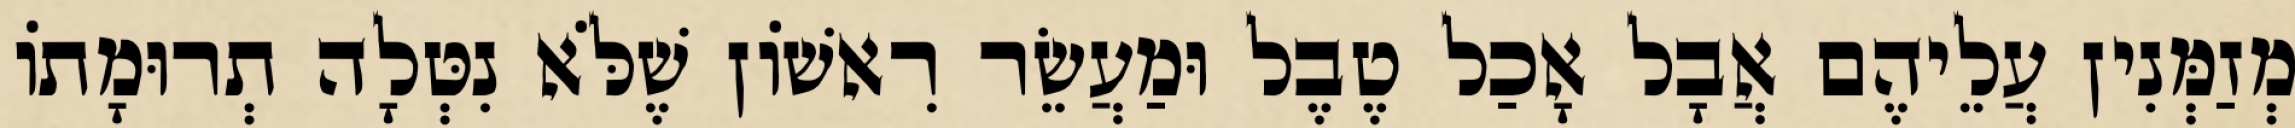
מְזַמְּנִין עֲלֵיהֶם אֲבָל אָכַל טֶבֶל וּמַעֲשֵׂר רִאשׁוֹן שֶׁלֹּא נִטְּלָה תְרוּמָתוֹ